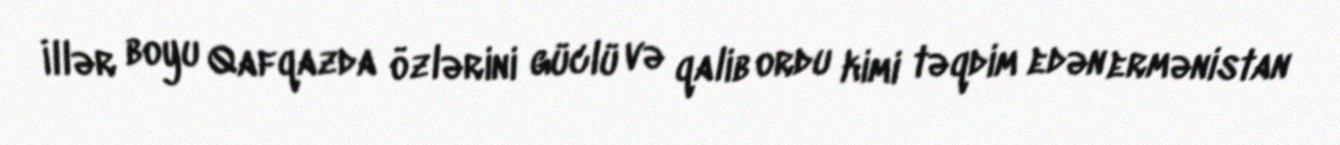
İllər boyu Qafqazda özlərini güclü və qalib ordu kimi təqdim edən ermənistan